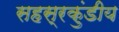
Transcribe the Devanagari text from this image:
सहस्रकुंडीय